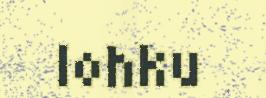
lohku